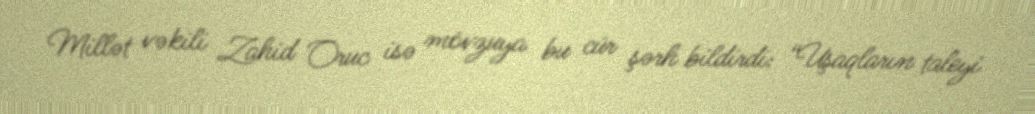
Millət vəkili Zahid Oruc isə mövzuya bu cür şərh bildirdi: “Uşaqların taleyi